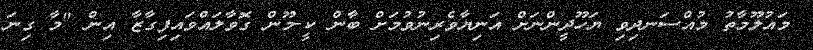
މައުލޫމާތު މުއްސަނދިވި ޔަހޫދީންނަށް އަނިޔާވެރިނުވުމަށް ބާން ކީ-މޫން ގޮވާލައްވައިފިގާޒާ އިން "މާ ގިނަ